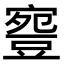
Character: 𧯳